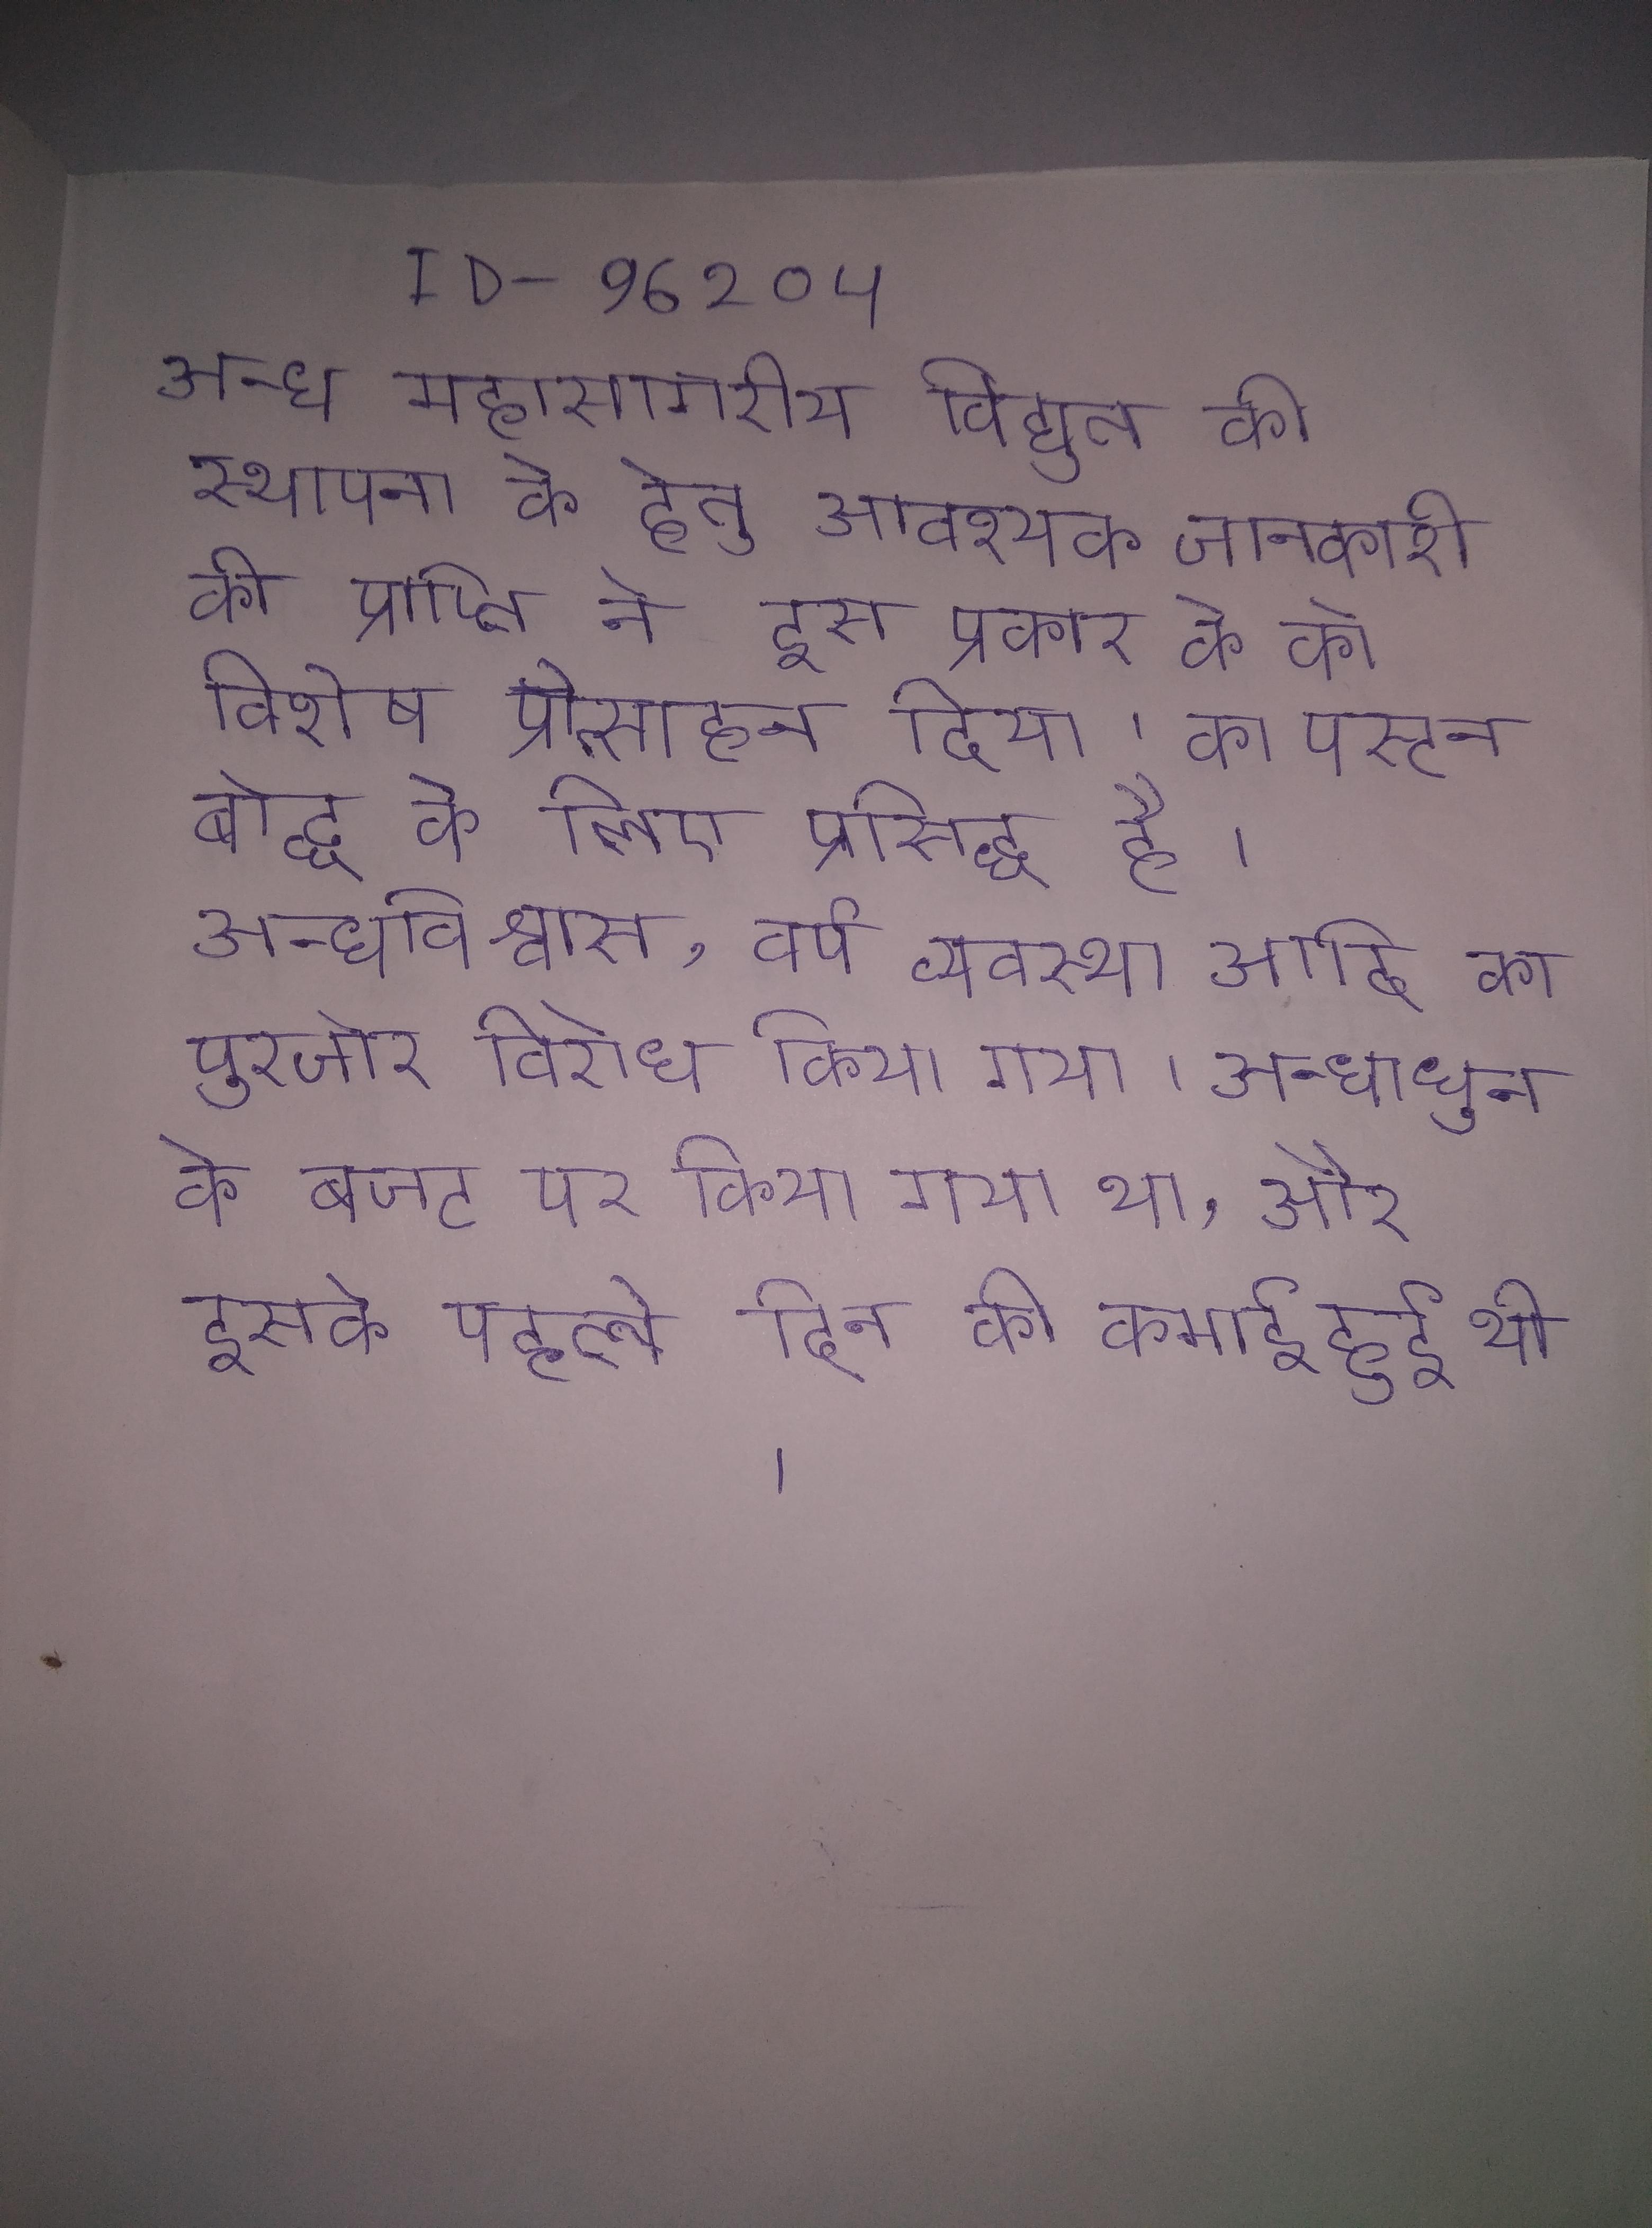
अन्ध महासागरीय विद्युत की स्थापना के हेतु आवश्यक जानकारी की प्राप्ति ने इस प्रकार के को विशेष प्रोत्साहन दिया । का पस्टन बौद्ध के लिए प्रसिद्ध है । अन्धविश्वास, वर्ण व्यवस्था आदि का पुरजोर विरोध किया गया । अन्धाधुन का निर्माण मिलियन) के बजट पर किया गया था, और इसके पहले दिन की कमाई हुई थी ।